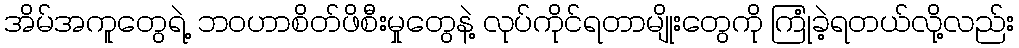
အိမ်အကူတွေရဲ့ ဘဝဟာစိတ်ဖိစီးမှုတွေနဲ့ လုပ်ကိုင်ရတာမျိုးတွေကို ကြုံခဲ့ရတယ်လို့လည်း